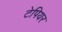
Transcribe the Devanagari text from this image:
टेपियर